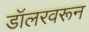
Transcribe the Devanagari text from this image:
डॉलरवरून